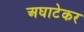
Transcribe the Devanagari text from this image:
अघाटेकर